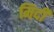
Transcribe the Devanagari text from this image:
मिदी